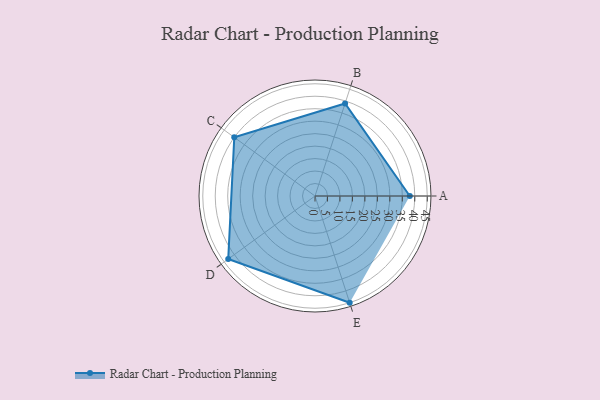
{"axis": {"x": "Skill", "y": "Score"}, "legend": ["Profile"], "data": [{"x": "A", "y": 38.0, "type": "Profile"}, {"x": "B", "y": 39.0, "type": "Profile"}, {"x": "C", "y": 40.0, "type": "Profile"}, {"x": "D", "y": 43.0, "type": "Profile"}, {"x": "E", "y": 45.0, "type": "Profile"}]}